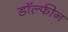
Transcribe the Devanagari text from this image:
डॉल्‍फीन